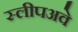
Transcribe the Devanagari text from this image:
स्लीपअवे